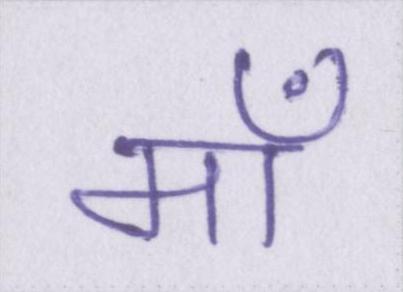
माँ